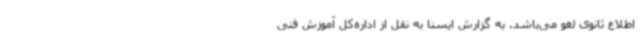
اطلاع ثانوی لغو می‌باشد. به گزارش ایسنا به نقل از اداره‌کل آموزش فنی